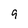
Character: 9